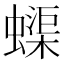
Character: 蟝